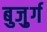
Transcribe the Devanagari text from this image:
बुजु़र्ग